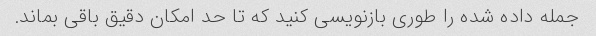
جمله داده شده را طوری بازنویسی کنید که تا حد امکان دقیق باقی بماند.